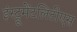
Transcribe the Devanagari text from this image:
इंस्ट्रूमेंटलिटीएस